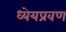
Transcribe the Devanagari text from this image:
ध्येयप्रवण